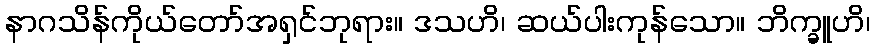
နာဂသိန်ကိုယ်တော်အရှင်ဘုရား။ ဒသဟိ၊ ဆယ်ပါးကုန်သော။ ဘိက္ခူဟိ၊